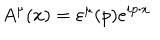
LaTeX: A ^ { \mu } ( x ) = \varepsilon ^ { \mu } ( p ) e ^ { i p \cdot x }